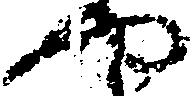
や